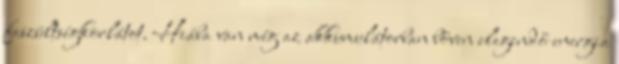
feszültségkorlátot. Hiába van még az akkumulátorban bőven elegendő energia